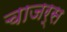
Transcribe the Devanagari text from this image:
चाजर्स